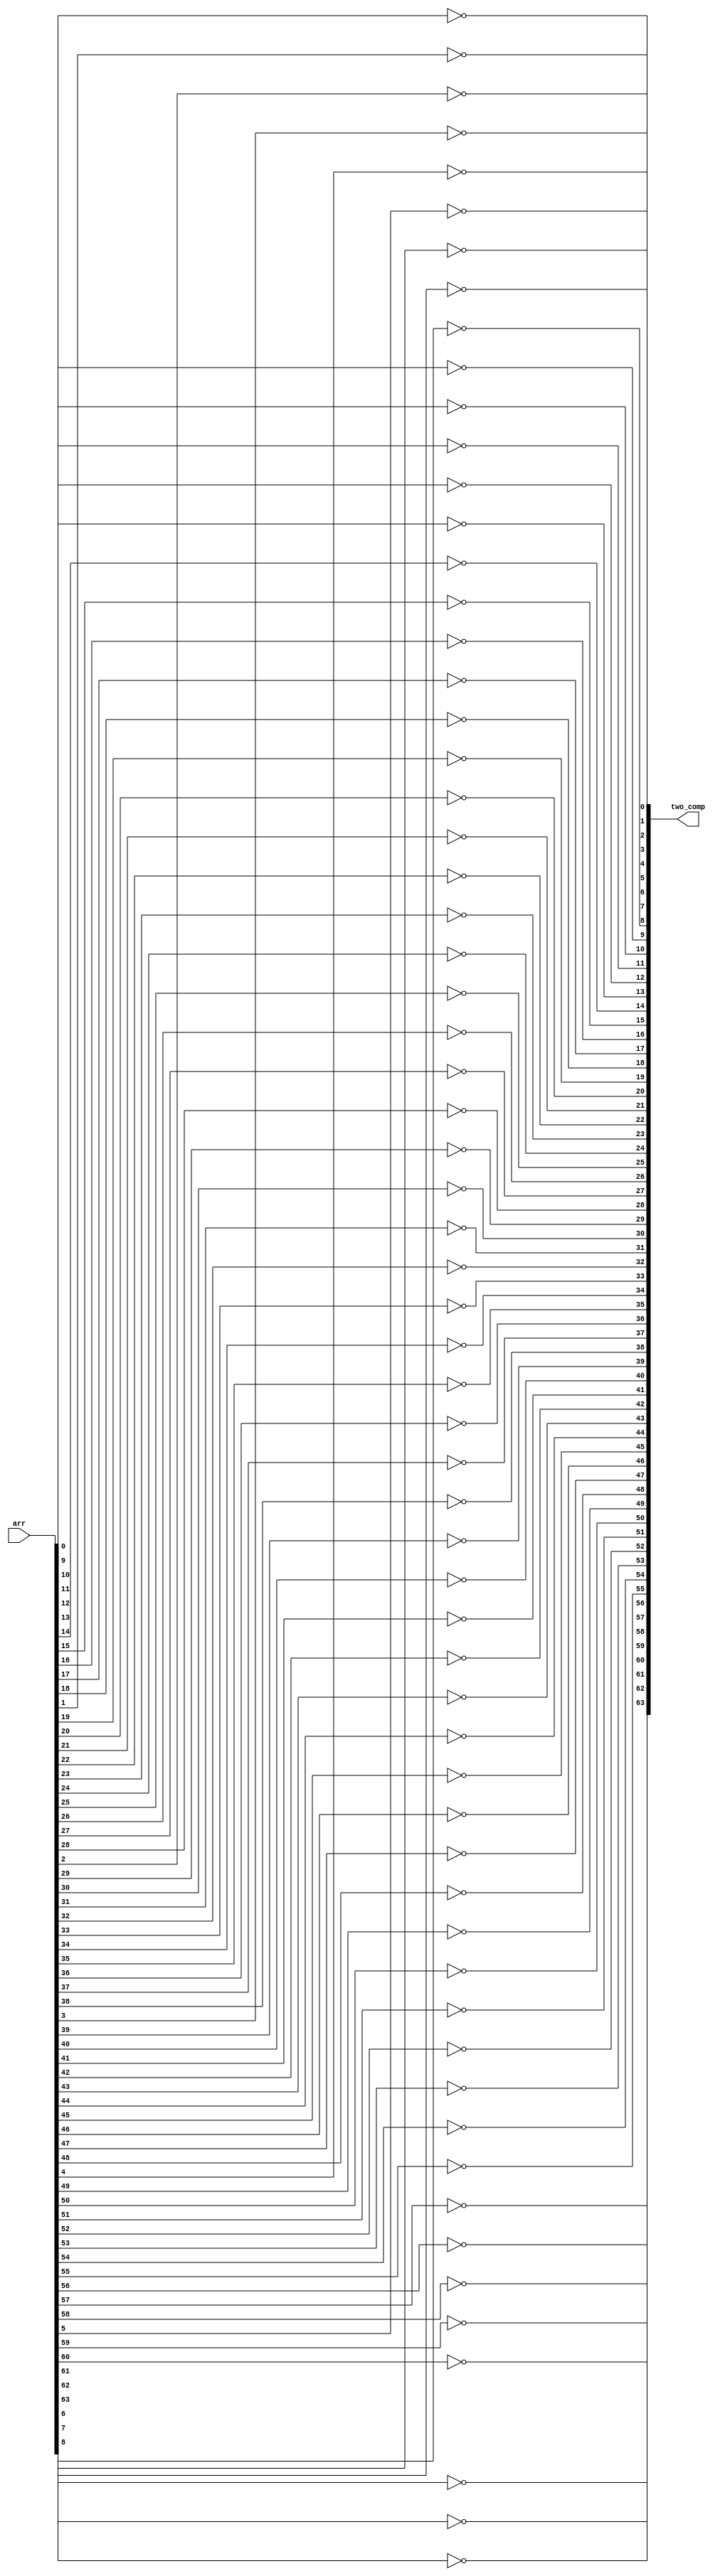
module complement (
    input signed [63:0]arr,
    output signed [63:0]two_comp
);

generate
    genvar i;
        for (i = 0;i<64 ;i=i+1 ) begin
            not G (two_comp[i],arr[i]);
        end
endgenerate
endmodule